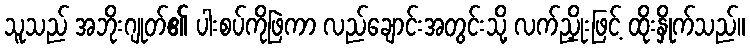
သူသည် အဘိုးဂျုတ်၏ ပါးစပ်ကိုဖြဲကာ လည်ချောင်းအတွင်းသို့ လက်ညှိုးဖြင့် ထိုးနှိုက်သည်။